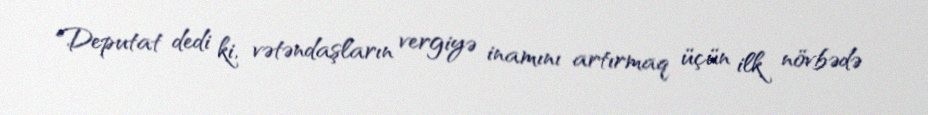
Deputat dedi ki, vətəndaşların vergiyə inamını artırmaq üçün ilk növbədə